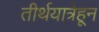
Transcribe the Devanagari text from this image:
तीर्थयात्रेहून